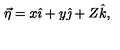
\vec { \eta } = x \hat { \imath } + y \hat { \jmath } + Z \hat { k } ,